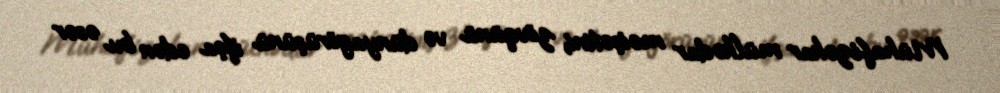
Mühafizəkar mülkədar məişətini, zövqünü və dünyagörüşünü ifşa edən bu əsər